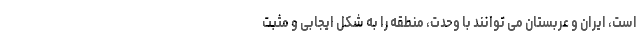
است، ایران و عربستان می توانند با وحدت، منطقه را به شکل ایجابی و مثبت